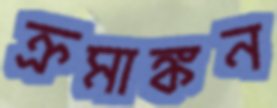
ক্রমাঙ্কন